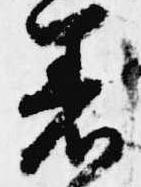
着